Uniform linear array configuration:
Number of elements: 64
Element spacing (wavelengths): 0.5
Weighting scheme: uniform
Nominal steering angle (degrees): -45
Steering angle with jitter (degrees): -44.004
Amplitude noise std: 0.05
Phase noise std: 0.05

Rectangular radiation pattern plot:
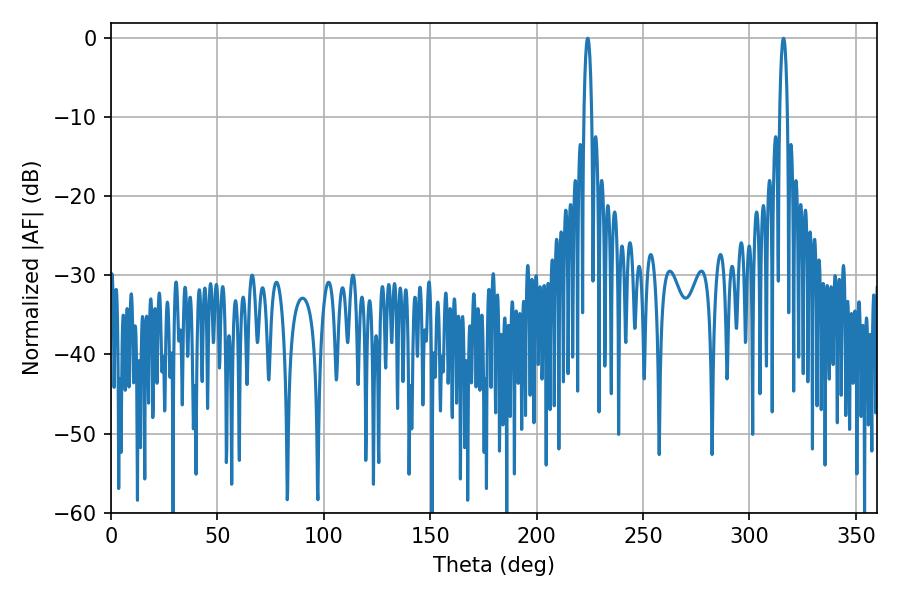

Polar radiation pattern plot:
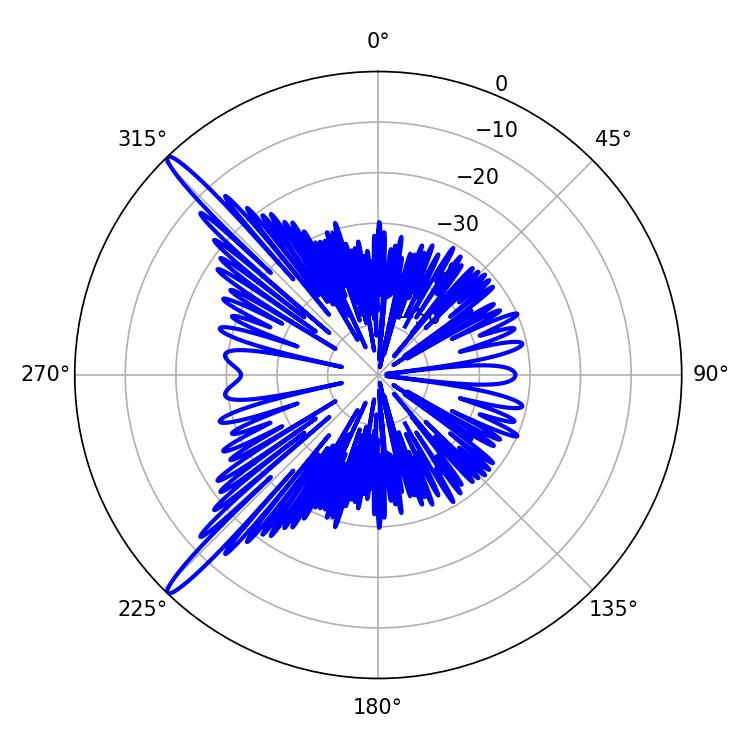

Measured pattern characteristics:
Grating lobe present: FALSE
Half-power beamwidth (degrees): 1.98
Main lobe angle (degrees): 223.92